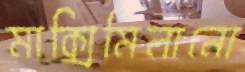
মাক্সিমিলানো